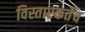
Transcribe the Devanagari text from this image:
विस्तारकर्तेच